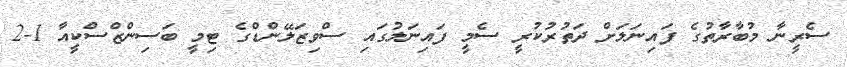
ސެރީނާ މުބާރާތުގެ ފައިނަލަށް ދަތުރުކުރީ ސެމީ ފައިނަލުގައި ސްވިޒަލޭންޑްގެ ޓިމީ ބަސިންޒްސްކީއާ 1-2